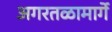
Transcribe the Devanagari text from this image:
अगरतळामार्गे